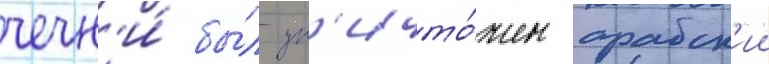
чечн'и́ бы́л ун'ичто́жен арабск'ии